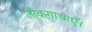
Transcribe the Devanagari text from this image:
लोकगाथाएँ।